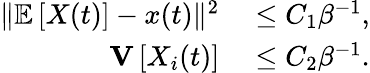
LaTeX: \begin{array}{rl}{\Vert\mathbb{E}\left[X(t)\right]-x(t)\Vert^{2}}&{{}\leq C_{1}\beta^{-1},}\\ {\mathbf{V}\left[X_{i}(t)\right]}&{{}\leq C_{2}\beta^{-1}.}\end{array}